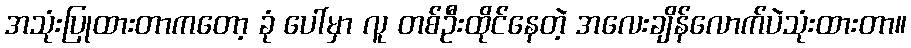
အသုံးပြုထားတာကတော့ ခုံ ပေါ်မှာ လူ တစ်ဦးထိုင်နေတဲ့ အလေးချိန်လောက်ပဲသုံးထားတာ။